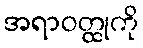
အရာဝတ္ထုကို